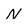
Character: N